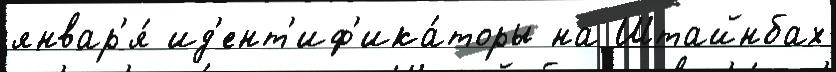
январ'я́ ид'ент'иф'ика́торы на Штайнбах